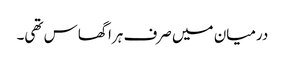
درمیان میں صرف ہرا گھاس تھی۔